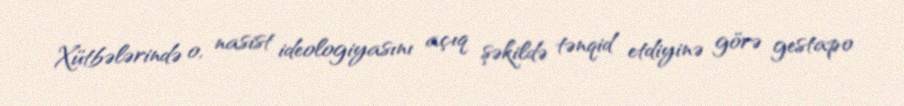
Xütbələrində o, nasist ideologiyasını açıq şəkildə tənqid etdiyinə görə gestapo